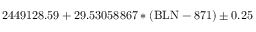
2 4 4 9 1 2 8 . 5 9 + 2 9 . 5 3 0 5 8 8 6 7 * ( \mathrm { B L N } - 8 7 1 ) \pm 0 . 2 5